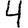
Digit: 4